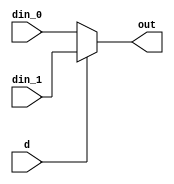
module  mux(din_0, din_1 , d, out);

    input din_0, din_1, d;
    output reg out;

    always @ ( * ) begin
      out <= (d) ? din_1 : din_0;
    end

endmodule